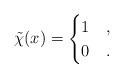
LaTeX: \begin{align*} \tilde \chi (x) = \begin{cases} 1 & , \\ 0 & . \end{cases}\end{align*}